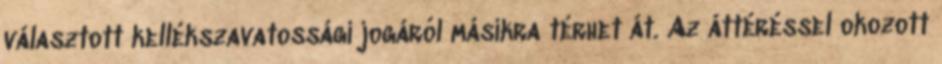
választott kellékszavatossági jogáról másikra térhet át. Az áttéréssel okozott